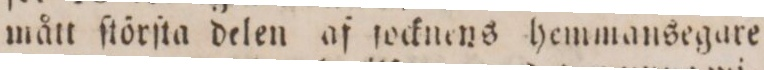
mått ſtörſta delen af ſocknens hemmansegare